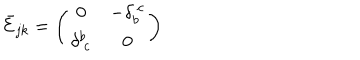
LaTeX: \bar { \cal E } _ { j k } = \left( \begin{array} { c c } { { 0 } } & { { - \delta _ { b } ^ { ~ c } } } \\ { { \delta _ { ~ c } ^ { b } } } & { { 0 } } \\ \end{array} \right)